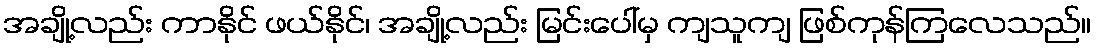
အချို့လည်း ကာနိုင် ဖယ်နိုင်၊ အချို့လည်း မြင်းပေါ်မှ ကျသူကျ ဖြစ်ကုန်ကြလေသည်။